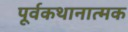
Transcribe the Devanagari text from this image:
पूर्वकथानात्मक